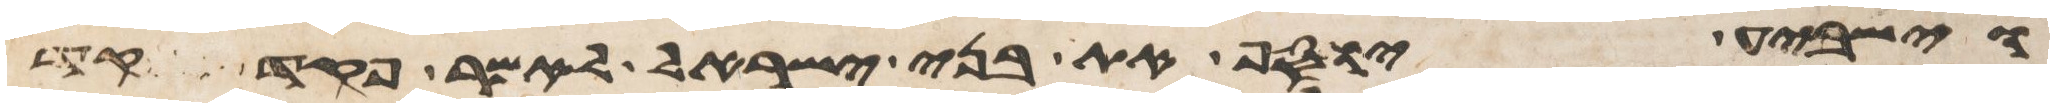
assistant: וישביע יוסף את בני ישראל לאמר פקד יפקד